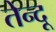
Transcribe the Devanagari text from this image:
तेन्दू